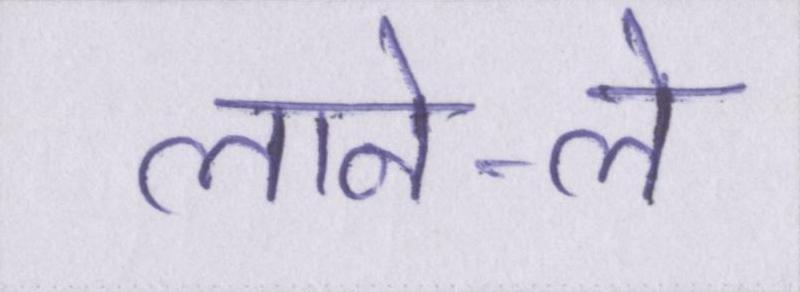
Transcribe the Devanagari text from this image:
लाने-ले